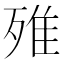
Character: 𣨫